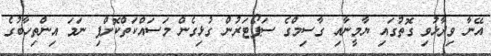
އޭނާ ވިދާޅުވި ގޮތުގައި ޔާމީނާއި ގާސިމްގެ ސަޕޯޓަރުން ގުޅިގެން މަސައްކަތްކޮށްފި ނަމަ އިންތިހާބުގެ